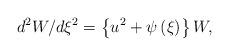
LaTeX: \begin{align*}d^{2}W/d\xi ^{2}=\left\{ {u^{2}+\psi \left( \xi \right) }\right\} W,\end{align*}